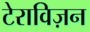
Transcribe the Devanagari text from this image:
टेराविज़न